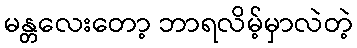
မန္တလေးတော့ ဘာရလိမ့်မှာလဲတဲ့